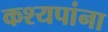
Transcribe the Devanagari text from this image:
कश्यपांना